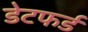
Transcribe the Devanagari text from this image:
डेटफर्ड